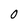
Character: 0